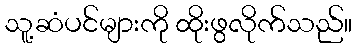
သူ့ဆံပင်များကို ထိုးဖွလိုက်သည်။